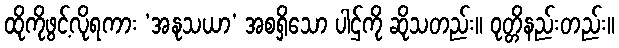
ထိုကိုဖွင့်လိုရကား ‘အနုသယာ’ အစရှိသော ပါဌ်ကို ဆိုသတည်း။ ဝုတ္တိနည်းတည်း။